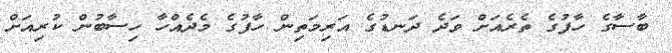
ބާސާގެ ހާފުގެ ތެރެއަށް ވަދެ ދަނޑުގެ އަރިމަތިން ހާފުގެ މެދެއްހާ ހިސާބުން ކުރިއަށް